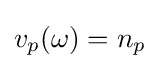
v_{p}(\omega )=n_{p}